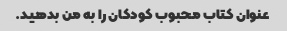
عنوان کتاب محبوب کودکان را به من بدهید.